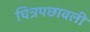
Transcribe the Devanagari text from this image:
चित्रपछावली